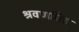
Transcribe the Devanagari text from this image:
श्रवणछिद्र